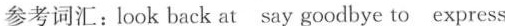
参考词汇：look back at say goodbye to express